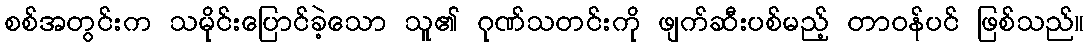
စစ်အတွင်းက သမိုင်းပြောင်ခဲ့သော သူ၏ ဂုဏ်သတင်းကို ဖျက်ဆီးပစ်မည့် တာဝန်ပင် ဖြစ်သည်။